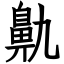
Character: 鼽